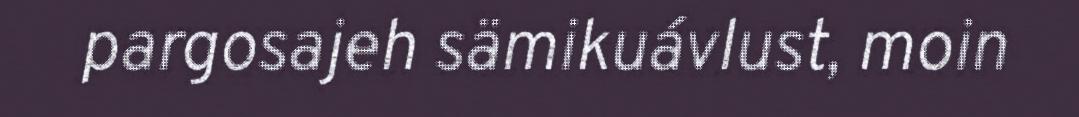
pargosajeh sämikuávlust, moin